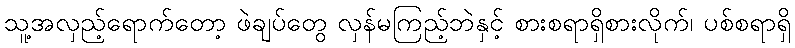
သူ့အလှည့်ရောက်တော့ ဖဲချပ်တွေ လှန်မကြည့်ဘဲနှင့် စားစရာရှိစားလိုက်၊ ပစ်စရာရှိ